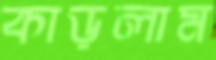
কাড়লাম